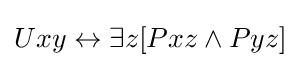
Uxy\leftrightarrow \exists z[Pxz\land Pyz]